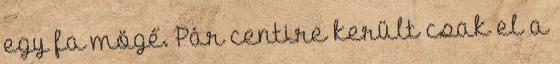
egy fa mögé. Pár centire került csak el a